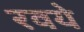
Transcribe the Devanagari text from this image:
रवये